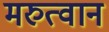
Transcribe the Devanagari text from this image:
मरुत्वान